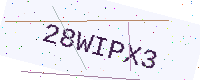
Text: 28WIPX3